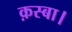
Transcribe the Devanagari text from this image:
क़स्बा।